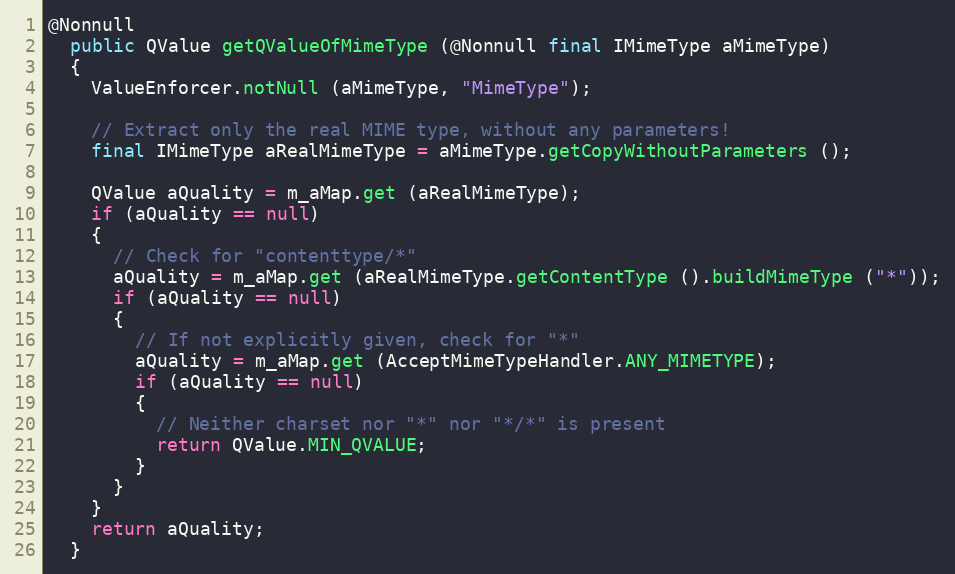
Language: Java
@Nonnull
  public QValue getQValueOfMimeType (@Nonnull final IMimeType aMimeType)
  {
    ValueEnforcer.notNull (aMimeType, "MimeType");

    // Extract only the real MIME type, without any parameters!
    final IMimeType aRealMimeType = aMimeType.getCopyWithoutParameters ();

    QValue aQuality = m_aMap.get (aRealMimeType);
    if (aQuality == null)
    {
      // Check for "contenttype/*"
      aQuality = m_aMap.get (aRealMimeType.getContentType ().buildMimeType ("*"));
      if (aQuality == null)
      {
        // If not explicitly given, check for "*"
        aQuality = m_aMap.get (AcceptMimeTypeHandler.ANY_MIMETYPE);
        if (aQuality == null)
        {
          // Neither charset nor "*" nor "*/*" is present
          return QValue.MIN_QVALUE;
        }
      }
    }
    return aQuality;
  }